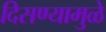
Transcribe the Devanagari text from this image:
दिसण्यामुळे